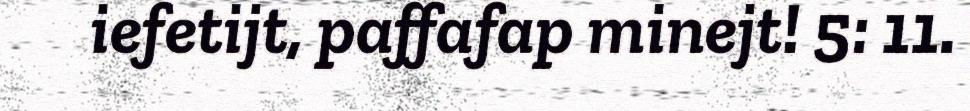
iefetijt, paffafap minejt! 5: 11.